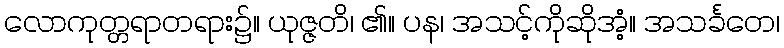
လောကုတ္တရာတရား၌။ ယုဇ္ဇတိ၊ ၏။ ပန၊ အသင့်ကိုဆိုအံ့။ အသင်္ခတေ၊